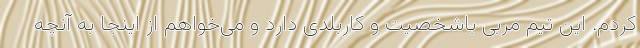
کردم. این تیم مربی باشخصیت و کاربلدی دارد و می‌خواهم از اینجا به آنچه